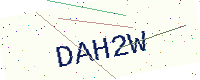
Text: DAH2W